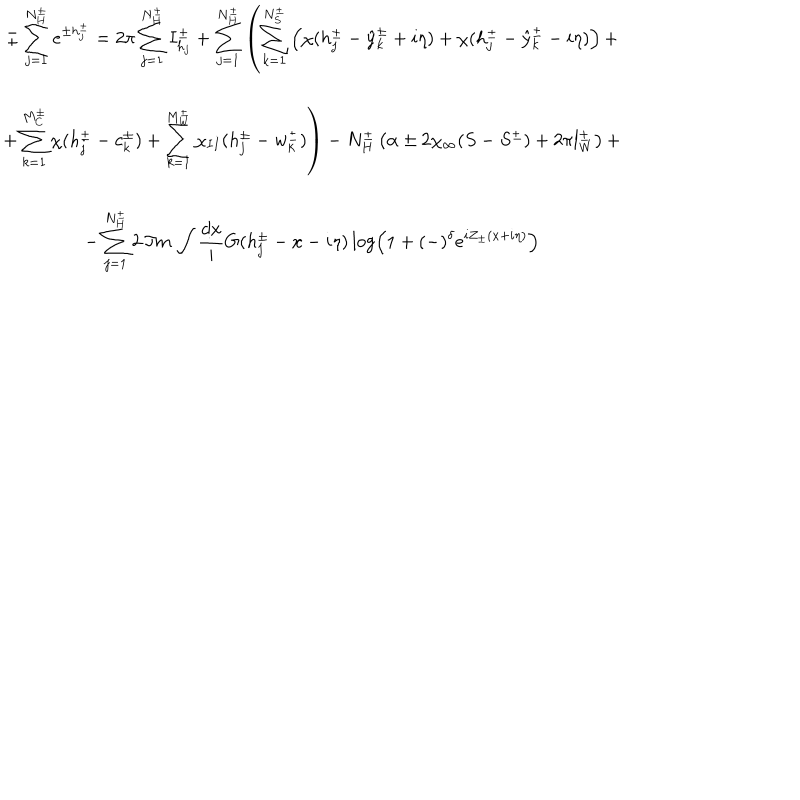
\begin{array} { c } { { \pm \displaystyle \sum _ { j = 1 } ^ { N _ { H } ^ { \pm } } e ^ { \pm h _ { j } ^ { \pm } } = 2 \pi \displaystyle \sum _ { j = 1 } ^ { N _ { H } ^ { \pm } } I _ { h _ { j } } ^ { \pm } + \displaystyle \sum _ { j = 1 } ^ { N _ { H } ^ { \pm } } \left( \displaystyle \sum _ { k = 1 } ^ { N _ { S } ^ { \pm } } \left( \chi ( h _ { j } ^ { \pm } - \hat { y } _ { k } ^ { \pm } + i \eta ) + \chi ( h _ { j } ^ { \pm } - \hat { y } _ { k } ^ { \pm } - i \eta ) \right) + \right. } } \\ { { \left. + \displaystyle \sum _ { k = 1 } ^ { M _ { C } ^ { \pm } } \chi ( h _ { j } ^ { \pm } - c _ { k } ^ { \pm } ) + \displaystyle \sum _ { k = 1 } ^ { M _ { W } ^ { \pm } } \chi _ { I I } ( h _ { j } ^ { \pm } - w _ { k } ^ { \pm } ) \right) - N _ { H } ^ { \pm } \left( \alpha \pm 2 \chi _ { \infty } ( S - S ^ { \pm } ) + 2 \pi l _ { W } ^ { \pm } \right) + } } \\ { { - \displaystyle \sum _ { j = 1 } ^ { N _ { H } ^ { \pm } } 2 \, \Im m \, \displaystyle \int \displaystyle \frac { d x } { i } G ( h _ { j } ^ { \pm } - x - i \eta ) \log \left( 1 + ( - ) ^ { \delta } e ^ { i Z _ { \pm } ( x + i \eta ) } \right) } } \\ \end{array}